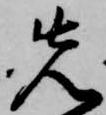
先